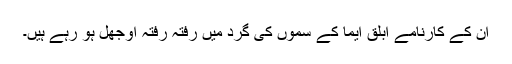
ان کے کارنامے ابلق ایما کے سموں کی گرد میں رفتہ رفتہ اوجھل ہو رہے ہیں۔